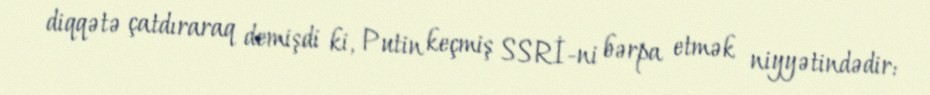
diqqətə çatdıraraq demişdi ki, Putin keçmiş SSRİ-ni bərpa etmək niyyətindədir: